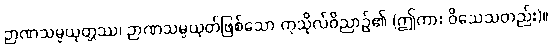
ဉာဏသမ္ပယုတ္တဿ၊ ဉာဏသမ္ပယုတ်ဖြစ်သော ကုသိုလ်ဝိညာဉ်၏ (ဤကား ဝိသေသတည်း)။